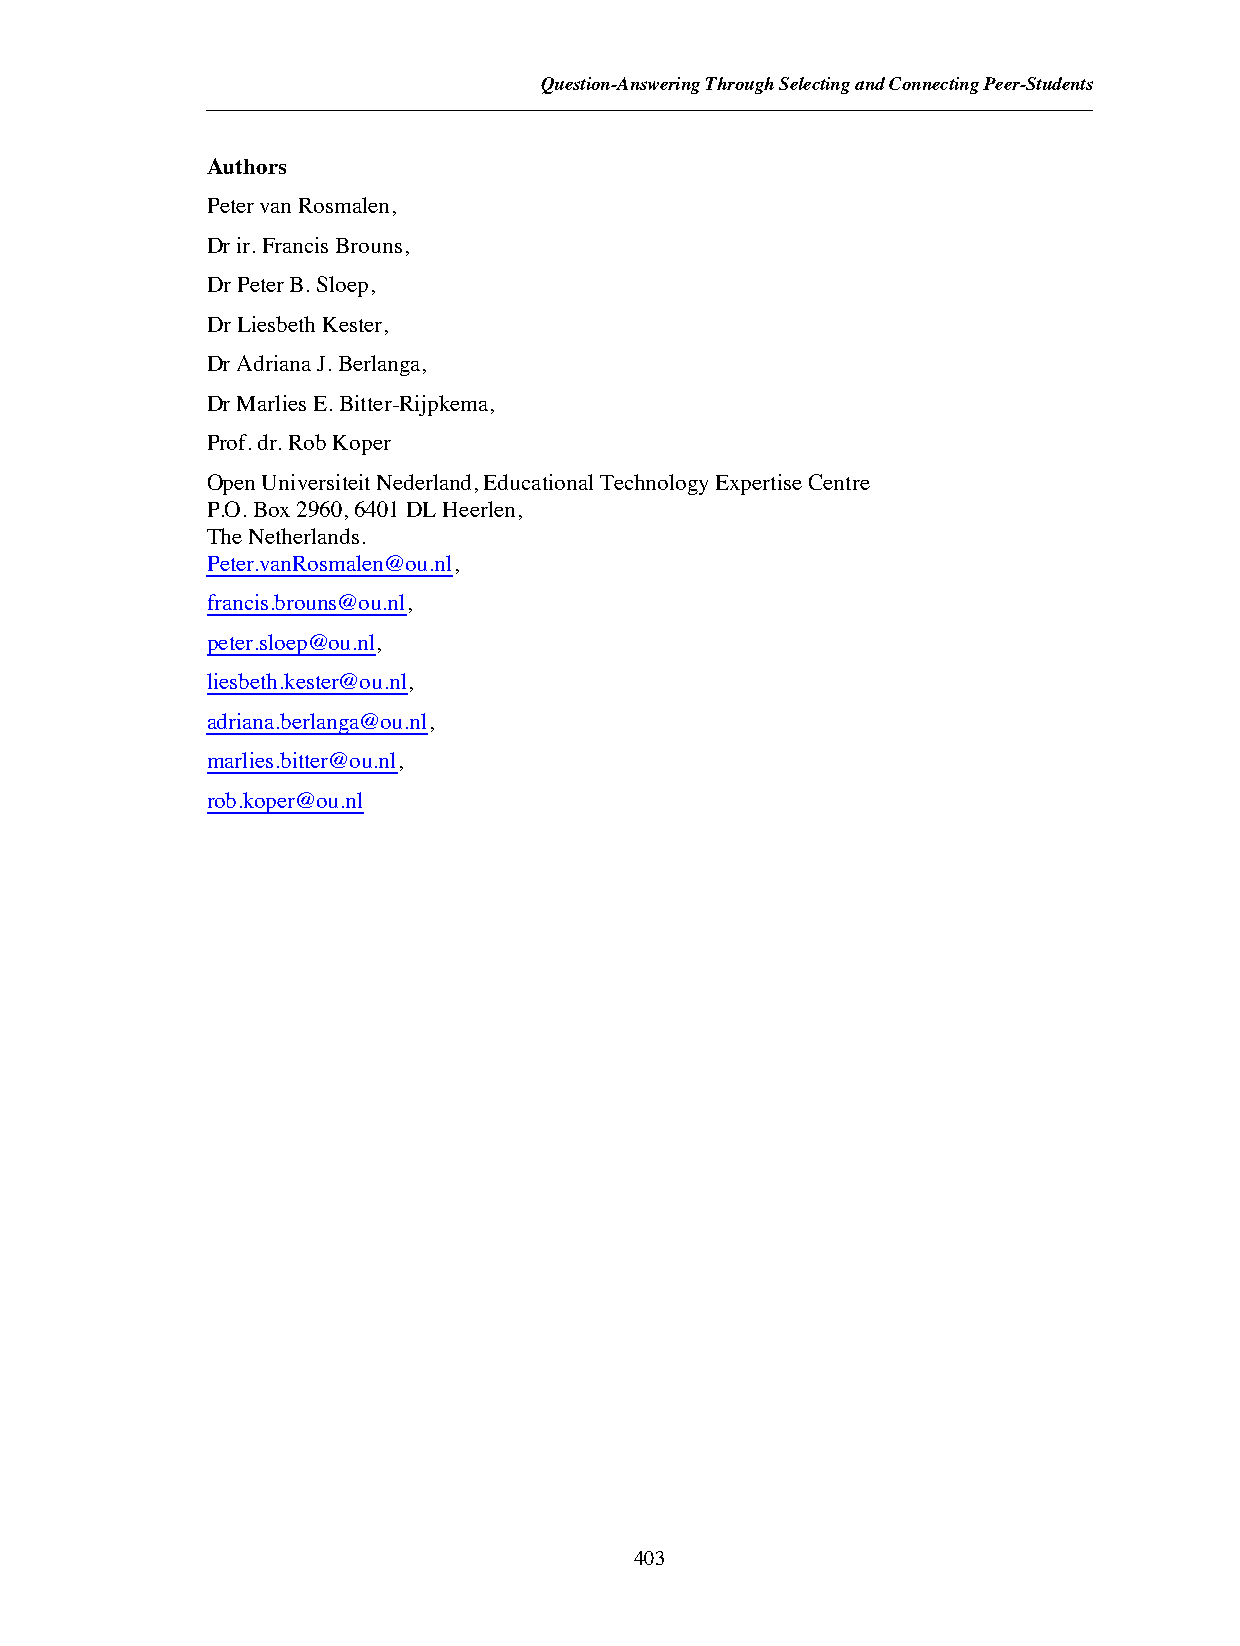
Question-Answering Through Selecting and Connecting Peer-Students
 Authors
 Peter van Rosmalen,
 Dr ir. Francis Brouns,
 Dr Peter B. Sloep,
 Dr Liesbeth Kester,
 Dr Adriana J. Berlanga,
 Dr Marlies E. Bitter-Rijpkema,
 Prof. dr. Rob Koper
 Open Universiteit Nederland, Educational Technology Expertise Centre
 P.O. Box 2960, 6401 DL Heerlen,
 The Netherlands.
 Peter.vanRosmalen@ou.nl,
 francis.brouns@ou.nl,
 peter.sloep@ou.nl,
 liesbeth.kester@ou.nl,
 adriana.berlanga@ou.nl,
 marlies.bitter@ou.nl,
 rob.koper@ou.nl
 403